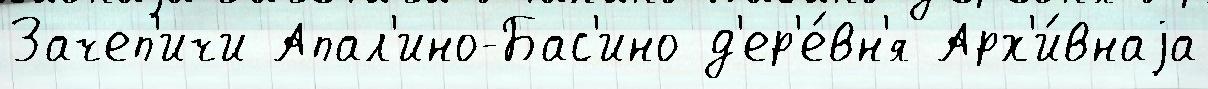
Зачеп'ичи Апал'ино-Бас'ино д'ер'е́вн'я Арх'и́внаjа